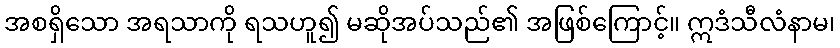
အစရှိသော အရသာကို ရသဟူ၍ မဆိုအပ်သည်၏ အဖြစ်ကြောင့်။ ဣဒံသီလံနာမ၊